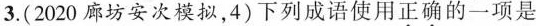
3.(2020廊坊安次模拟，4)下列成语使用正确的一项是